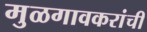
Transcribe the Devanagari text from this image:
मुळगावकरांची